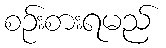
စဉ်းစားရမည်